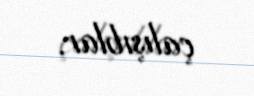
çalışıblar.